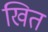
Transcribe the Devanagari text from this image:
खित